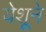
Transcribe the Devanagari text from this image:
येशूने